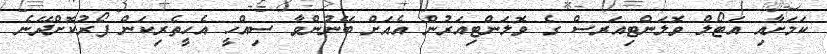
ކަމަށާއި އަޓޯލް ވޮލަންޓިއަރސް ގެ ވޮލަންޓިއަރުން އެއަށް ބޭނުންވާ ސިއްހީ އެހީތެރިކަން ފޯރުކޮށްދޭނެ